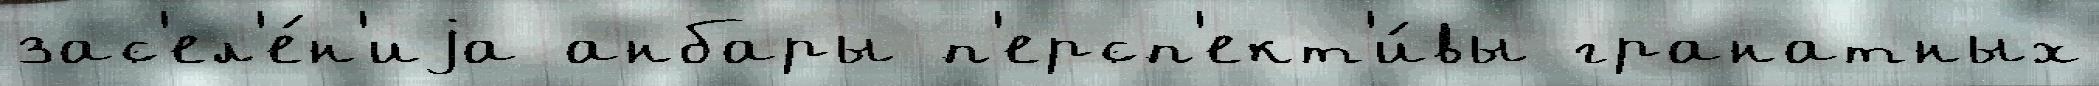
зас'ел'е́н'иjа анбары п'ерсп'ект'и́вы гранатных